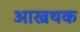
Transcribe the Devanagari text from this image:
आख्रथक